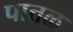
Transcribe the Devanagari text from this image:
पात्तळ